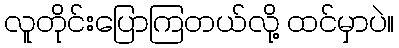
လူတိုင်းပြောကြတယ်လို့ ထင်မှာပဲ။